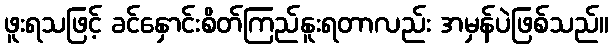
ဖူးရသဖြင့် ခင်နှောင်းစိတ်ကြည်နူးရတာလည်း အမှန်ပဲဖြစ်သည်။